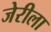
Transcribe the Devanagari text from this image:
जेरीला